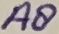
Text: A8